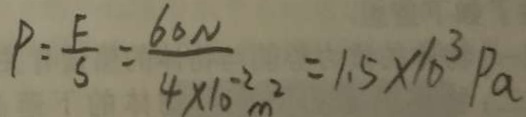
P = \frac { F } { S } = \frac { 6 0 N } { 4 \times 1 0 ^ { - 2 } m ^ { 2 } } = 1 . 5 \times 1 0 ^ { 3 } P a